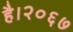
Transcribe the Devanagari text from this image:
है।२०६७